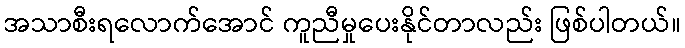
အသာစီးရလောက်အောင် ကူညီမှုပေးနိုင်တာလည်း ဖြစ်ပါတယ်။